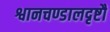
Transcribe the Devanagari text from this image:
श्वानचण्डालदृष्टौ